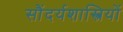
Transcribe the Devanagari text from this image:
सौंदर्यशास्त्रियों